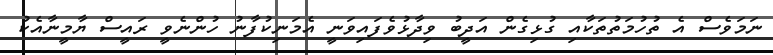
ނަމަވެސް އެ ތުހުމަތުތަކާއި ގުޅިގެން އަދީބު ވިދާޅުވެފައިވަނީ އެމަނިކުފާނު ހުންނެވީ ރައީސް ޔާމީނާއެކު